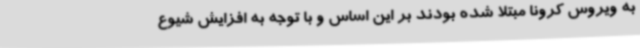
به ویروس کرونا مبتلا شده بودند بر این اساس و با توجه به افزایش شیوع